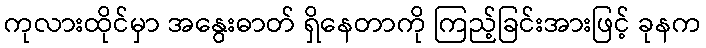
ကုလားထိုင်မှာ အနွေးဓာတ် ရှိနေတာကို ကြည့်ခြင်းအားဖြင့် ခုနက